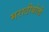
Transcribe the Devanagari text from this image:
मराठीबोली